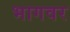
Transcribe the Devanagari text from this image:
भागवर